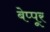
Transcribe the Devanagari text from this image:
बेप्पूर